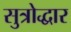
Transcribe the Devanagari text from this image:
सुत्रोद्धार